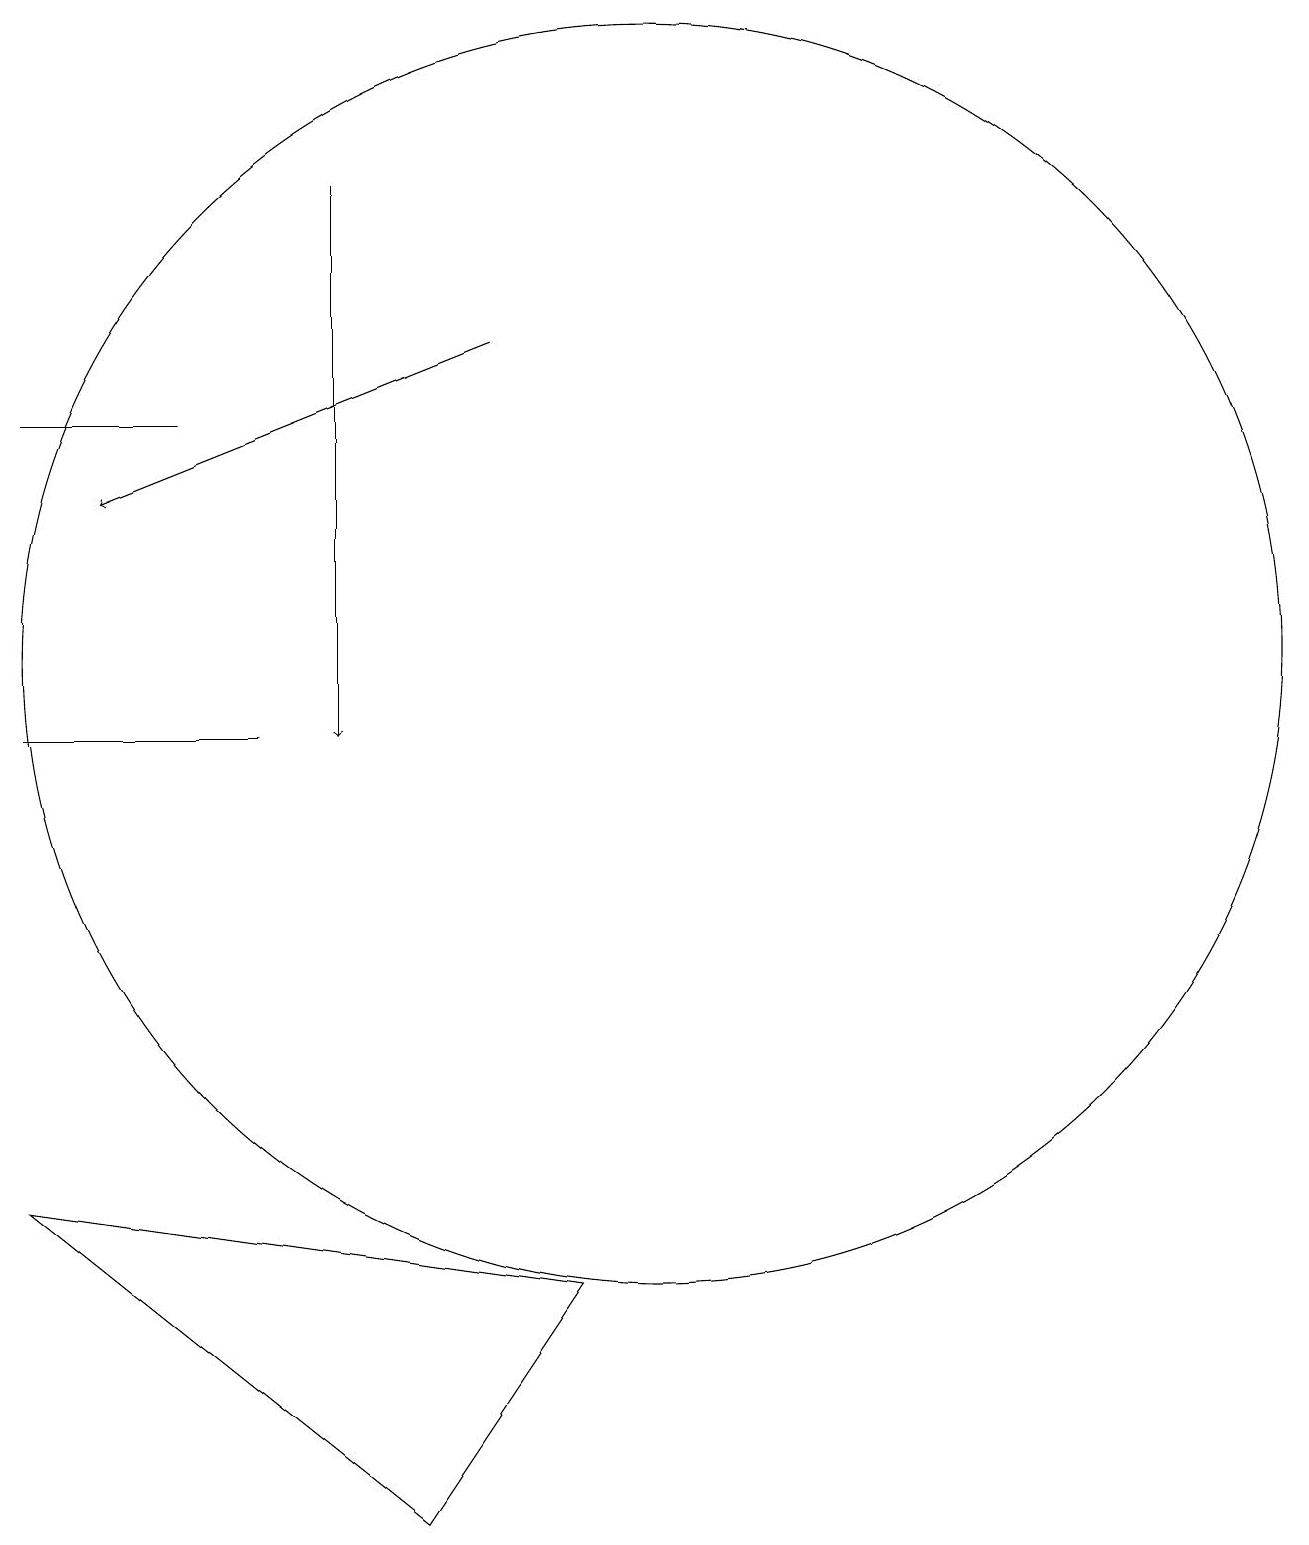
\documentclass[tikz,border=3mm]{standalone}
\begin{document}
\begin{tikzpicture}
\draw[->] (6,17) -- (6,10);
\draw (9,3) -- (7,0) -- (2,4) -- cycle;
\draw[->] (8,15) -- (3,13);
\draw (4,14) rectangle (2,14);
\draw (2,10) rectangle (5,10);
\draw (10,11) circle (8);
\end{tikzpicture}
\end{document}